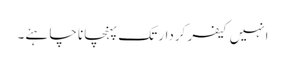
انہیں کیفر کردار تک پہنچانا چاہئے۔